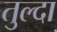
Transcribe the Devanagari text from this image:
तुल्दा